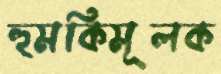
হুমকিমূলক